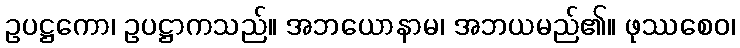
ဥပဋ္ဌကော၊ ဥပဋ္ဌာကသည်။ အဘယောနာမ၊ အဘယမည်၏။ ဖုဿစေဝ၊